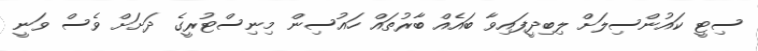
ސިޓީ ކައުންސިލަށް ލިބިދީފައިވާ ބައެއް ބާރުތައް ހައުސިން މިނިސްޓުރީގެ ދަށަށް ވެސް ވަނީ